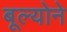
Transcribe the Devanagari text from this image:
बूल्योने